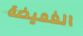
الغميضة